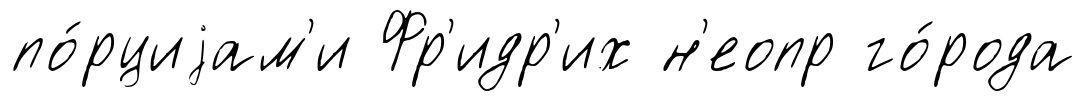
по́рциjам'и Фр'идр'их н'еопр го́рода